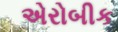
એરોબીક